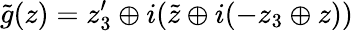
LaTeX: \tilde{g}(z)=z_{3}^{\prime}\oplus i(\tilde{z}\oplus i(-z_{3}\oplus z))